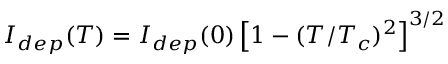
I _ { d e p } ( T ) = I _ { d e p } ( 0 ) \left[ 1 - ( T / T _ { c } ) ^ { 2 } \right] ^ { 3 / 2 }